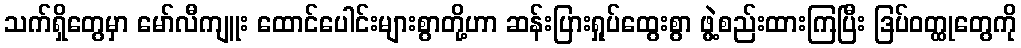
သက်ရှိတွေမှာ မော်လီကျူး ထောင်ပေါင်းများစွာတို့ဟာ ဆန်းပြားရှုပ်ထွေးစွာ ဖွဲ့စည်းထားကြပြီး ဒြပ်ဝတ္ထုတွေကို